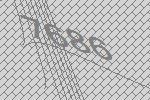
7686